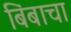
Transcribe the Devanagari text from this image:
बिंबाचा